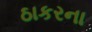
ઠાકરના